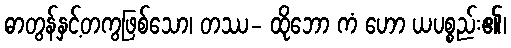
ဓာတွန်နှင့်တကွဖြစ်သော၊ တဿ- ထိုဘော ကံ ဟော ယပစ္စည်း၏၊